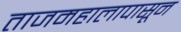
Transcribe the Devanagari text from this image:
ताजमहालापासून